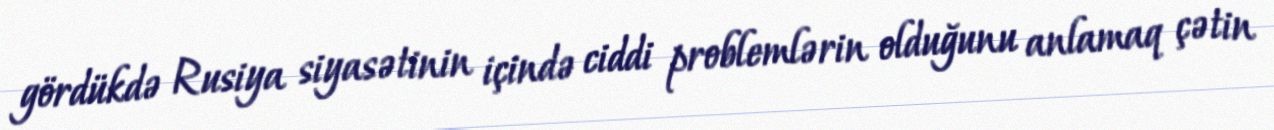
gördükdə Rusiya siyasətinin içində ciddi problemlərin olduğunu anlamaq çətin